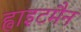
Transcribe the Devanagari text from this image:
ह्वाइटमैन